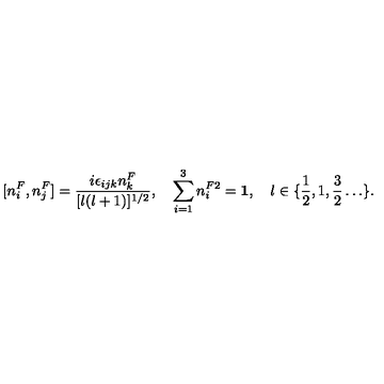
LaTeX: [ n _ { i } ^ { F } , n _ { j } ^ { F } ] = \frac { i \epsilon _ { i j k } n _ { k } ^ { F } } { [ l ( l + 1 ) ] ^ { 1 / 2 } } , \quad \sum _ { i = 1 } ^ { 3 } n _ { i } ^ { F 2 } = { \bf 1 } , \quad l \in \{ \frac { 1 } { 2 } , 1 , \frac { 3 } { 2 } \ldots \} .